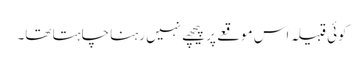
کوئی قبیلہ اس موقعے پر پیچھے نہیں رہنا چاہتا تھا۔